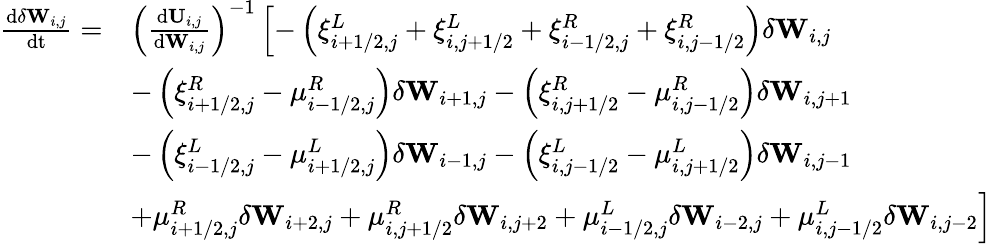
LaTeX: \begin{array}{rl}{\frac{\mathrm{d}\delta\mathbf{W}_{i,j}}{\mathrm{dt}}=}&{\left(\frac{\mathrm{d}\mathbf{U}_{i,j}}{\mathrm{d}{\mathbf{W}_{i,j}}}\right)^{-1}\left[-\left(\xi_{i+1/2,j}^{L}+\xi_{i,j+1/2}^{L}+\xi_{i-1/2,j}^{R}+\xi_{i,j-1/2}^{R}\right)\delta\mathbf{W}_{i,j}\right.}\\ &{-\left(\xi_{i+1/2,j}^{R}-\mu_{i-1/2,j}^{R}\right)\delta\mathbf{W}_{i+1,j}-\left(\xi_{i,j+1/2}^{R}-\mu_{i,j-1/2}^{R}\right)\delta\mathbf{W}_{i,j+1}}\\ &{-\left(\xi_{i-1/2,j}^{L}-\mu_{i+1/2,j}^{L}\right)\delta\mathbf{W}_{i-1,j}-\left(\xi_{i,j-1/2}^{L}-\mu_{i,j+1/2}^{L}\right)\delta\mathbf{W}_{i,j-1}}\\ &{\left.+\mu_{i+1/2,j}^{R}\delta\mathbf{W}_{i+2,j}+\mu_{i,j+1/2}^{R}\delta\mathbf{W}_{i,j+2}+\mu_{i-1/2,j}^{L}\delta\mathbf{W}_{i-2,j}+\mu_{i,j-1/2}^{L}\delta\mathbf{W}_{i,j-2}\right]}\end{array}